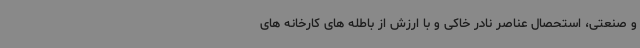
و صنعتی، استحصال عناصر نادر خاکی و با ارزش از باطله های کارخانه های